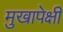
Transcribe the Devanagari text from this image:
मुखापेक्षी